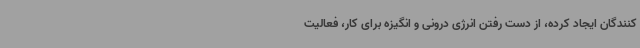
کنندگان ایجاد کرده، از دست رفتن انرژی درونی و انگیزه برای کار، فعالیت